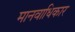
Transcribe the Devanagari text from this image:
मानवाधिकार